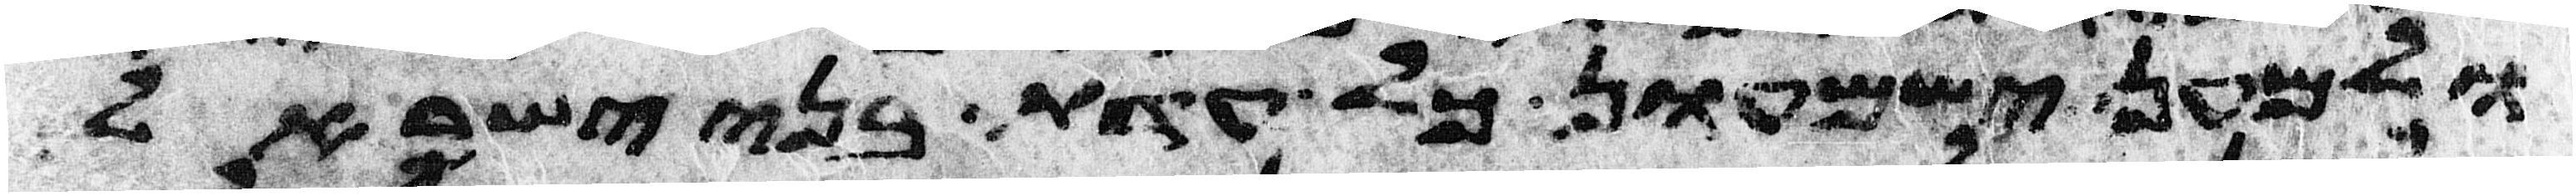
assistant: ולמען ישמעון כל עדת בני ישראל